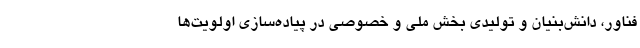
فناور، دانش‌بنیان و تولیدی بخش ملی و خصوصی در پیاده‌سازی اولویت‌ها